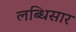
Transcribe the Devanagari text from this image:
लब्धिसार